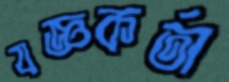
যজ্ঞকর্তা